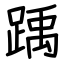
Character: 踽